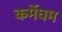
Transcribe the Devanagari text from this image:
कर्मेघम